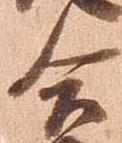
合